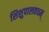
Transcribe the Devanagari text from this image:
शिशुपालवधम्